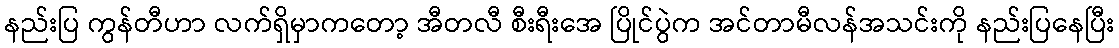
နည်းပြ ကွန်တီဟာ လက်ရှိမှာကတော့ အီတလီ စီးရီးအေ ပြိုင်ပွဲက အင်တာမီလန်အသင်းကို နည်းပြနေပြီး